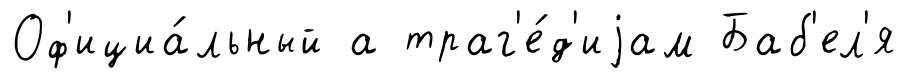
Оф'ициа́льный а траг'е́д'иjам Баб'ел'я